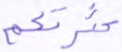
كثرتكم